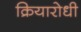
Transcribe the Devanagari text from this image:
क्रियारोधी